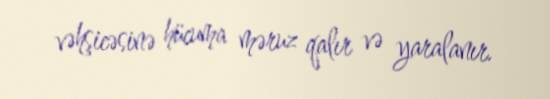
vəhşicəsinə hücuma məruz qalır və yaralanır.